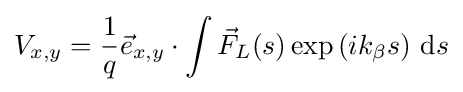
V_{x,y}={\frac {1}{q}}{\vec {e}}_{x,y}\cdot \int {\vec {F}}_{L}(s)\exp \left(ik_{\beta }s\right)\,\mathrm {d} s